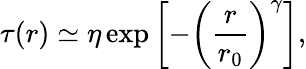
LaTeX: \tau(r)\simeq\eta\exp\left[-\left(\frac{r}{r_{0}}\right)^{\gamma}\right],